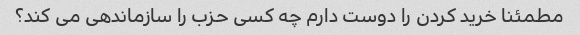
مطمئنا خرید کردن را دوست دارم چه کسی حزب را سازماندهی می کند؟